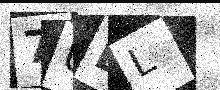
Text: 7UDL